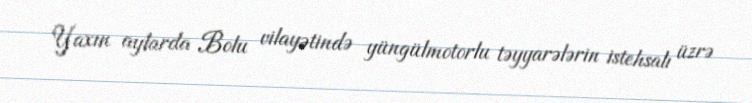
Yaxın aylarda Bolu vilayətində yüngülmotorlu təyyarələrin istehsalı üzrə